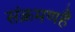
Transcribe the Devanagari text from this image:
संक्रमणहै